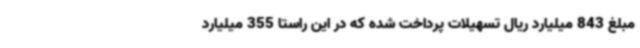
مبلغ 843 میلیارد ریال تسهیلات پرداخت شده که در این راستا 355 میلیارد